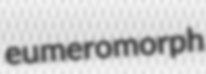
eumeromorph